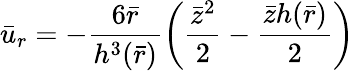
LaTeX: {\bar{u}}_{r}=-\frac{6\bar{r}}{{h^{3}(\bar{r})}}\left(\frac{{\bar{z}}^{2}}{2}-\frac{\bar{z}h(\bar{r})}{2}\right)